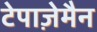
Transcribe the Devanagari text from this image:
टेपाज़ेमैन